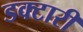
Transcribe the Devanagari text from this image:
डक्टारी